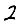
Digit: 2